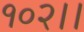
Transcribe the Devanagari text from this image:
१०२।।